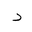
Letter: _dal